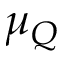
\mu _ { Q }